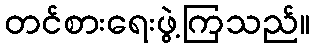
တင်စားရေးဖွဲ့ကြသည်။